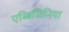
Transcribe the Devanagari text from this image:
एब्बिसिनिया